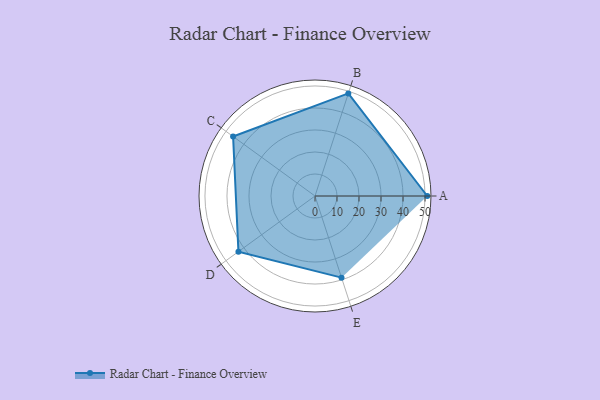
{"axis": {"x": "Skill", "y": "Score"}, "legend": ["Profile"], "data": [{"x": "A", "y": 51.0, "type": "Profile"}, {"x": "B", "y": 49.0, "type": "Profile"}, {"x": "C", "y": 46.0, "type": "Profile"}, {"x": "D", "y": 43.0, "type": "Profile"}, {"x": "E", "y": 39.0, "type": "Profile"}]}